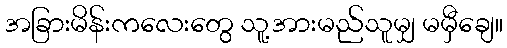
အခြားမိန်းကလေးတွေ သူ့အားမည်သူမျှ မမှီချေ။